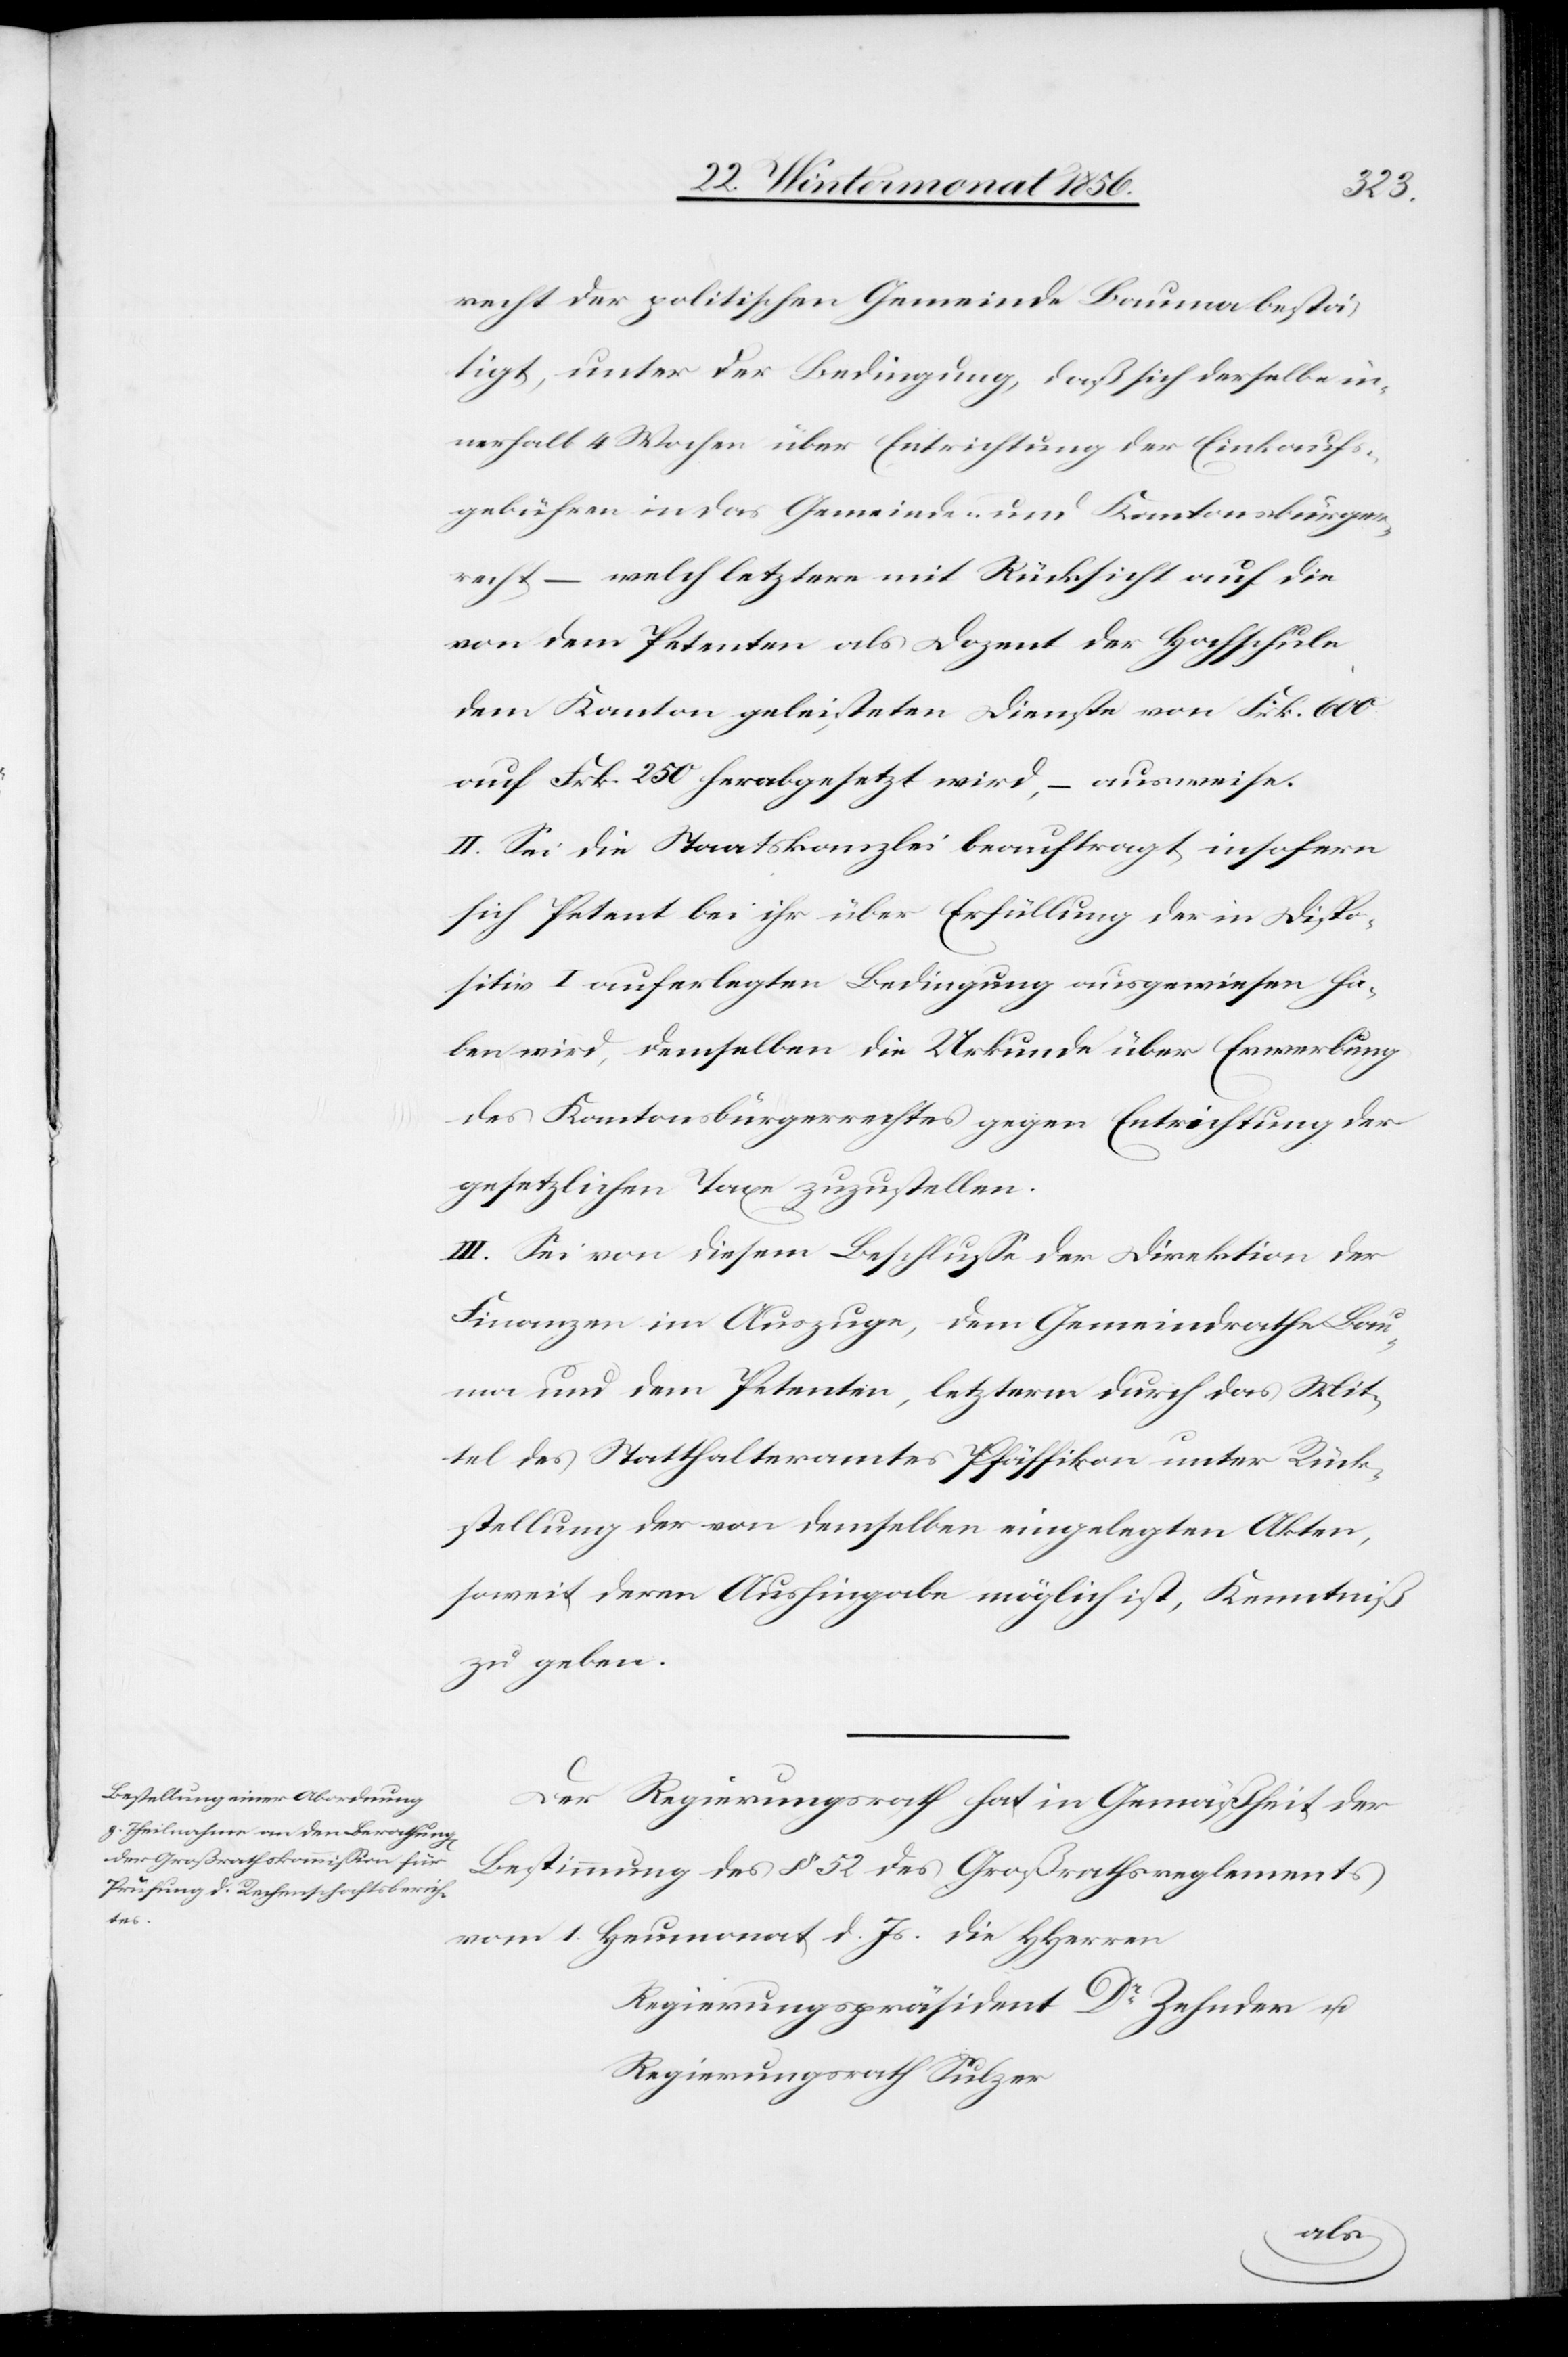
recht der politischen Gemeinde Bauma bestä¬
tigt, unter der Bedingung, daß sich derselbe in¬
nerhalb 4 Wochen über Entrichtung der Einkauf¬
sgebühren in das Gemeinde- und Kantonsbürger¬
recht – welch letztere mit Rücksicht auf die
von dem Petenten als Dozent der Hochschule
dem Kanton geleisteten Dienste von Frk. 600
auf Frk. 250 herabgesetzt wird, – ausweise.
II. Sei die Staatskanzlei beauftragt, insofern
sich Petent bei ihr über Erfüllung der in Dispo¬
sitiv I auferlegten Bedingung ausgewiesen ha¬
ben wird, demselben die Urkunde über Erwerbung
des Kantonsbürgerrechtes gegen Entrichtung der
gesetzlichen Taxe zuzustellen.
III. Sei von diesem Beschlusse der Direktion der
Finanzen im Auszuge, dem Gemeindrathe Bau¬
ma und dem Petenten, letzterm durch das Mit¬
tel des Statthalteramtes Pfäffikon unter Rück¬
stellung der von demselben eingelegten Akten,
soweit deren Aushingabe möglich ist, Kenntniß
zu geben.
Der Regierungsrath hat in Gemäßheit der
Bestimmung des § 52 des Großrathsreglements
vom 1. Heumonat d. Js. die HHerren
Regierungspräsident Dr Zehnder u.
Regierungsrath Sulzer